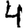
Digit: 4